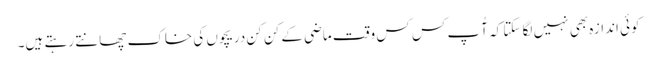
کوئی اندازہ بھی نہیں لگا سکتا کہ آُپ کس کس وقت ماضی کے کن کن دریچوں کی خاک چھانتے رہتے ہیں۔